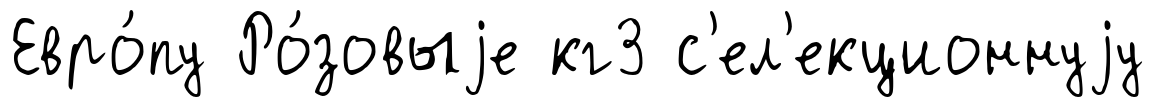
Евро́пу Ро́зовыjе кг3 с'ел'екционнуjу